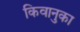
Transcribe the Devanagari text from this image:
किवानुका